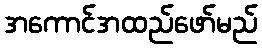
အကောင်အထည်ဖော်မည်